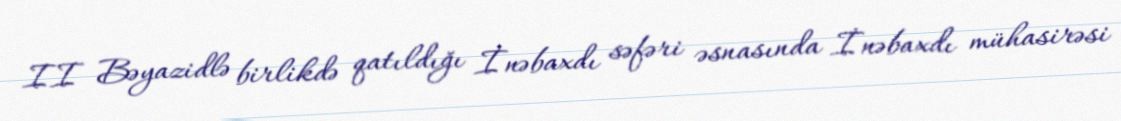
II Bəyazidlə birlikdə qatıldığı İnəbaxdı səfəri əsnasında İnəbaxdı mühasirəsi